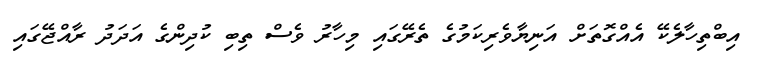
އިބްތިހާލެކޭ އެއްގޮތަށް އަނިޔާވެރިކަމުގެ ތެރޭގައި މިހާރު ވެސް ތިބި ކުދިންގެ އަދަދު ރާއްޖޭގައި